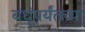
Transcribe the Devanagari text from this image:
बंधूंपर्यंतच्या